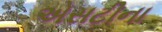
એસટીના